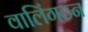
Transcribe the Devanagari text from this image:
वालिंगटन